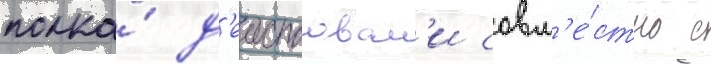
полка́ д'еиствовал'и совм'е́стно с